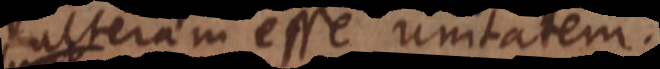
alteram esse unitatem.